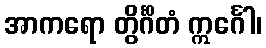
အာကရော တွိင်္ဂိတံ ဣင်္ဂေါ၊